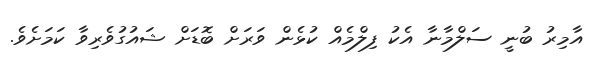
އާމިރު ބުނީ ސަލްމާނާ އެކު ފިލްމެއް ކުޅެން ވަރަށް ބޮޑަށް ޝައުގުވެރިވާ ކަމަށެވެ.